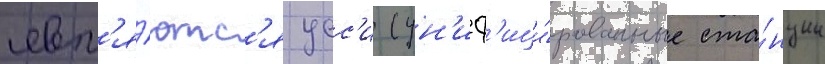
явл'я́ютс'я усс'и (ун'иф'ици́рованные ста́нции